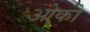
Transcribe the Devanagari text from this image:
ओको